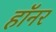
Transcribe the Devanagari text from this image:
हॉनर